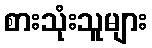
စားသုံးသူများ